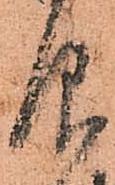
仰